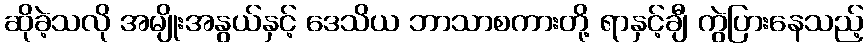
ဆိုခဲ့သလို အမျိုးအနွယ်နှင့် ဒေသိယ ဘာသာစကားတို့ ရာနှင့်ချီ ကွဲပြားနေသည့်